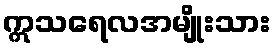
ဣသရေလအမျိုးသား